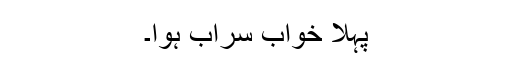
پہلا خواب سراب ہوا۔